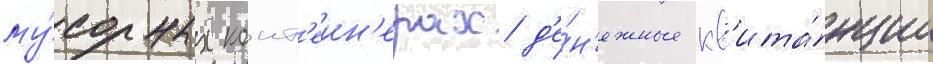
му́сорных конт'еин'ерах д'е́н'ежные кв'ита́нции